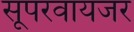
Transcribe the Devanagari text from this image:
सूपरवायजर